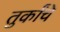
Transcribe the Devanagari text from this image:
तुर्कांचे